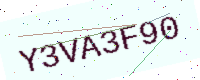
Text: Y3VA3F90